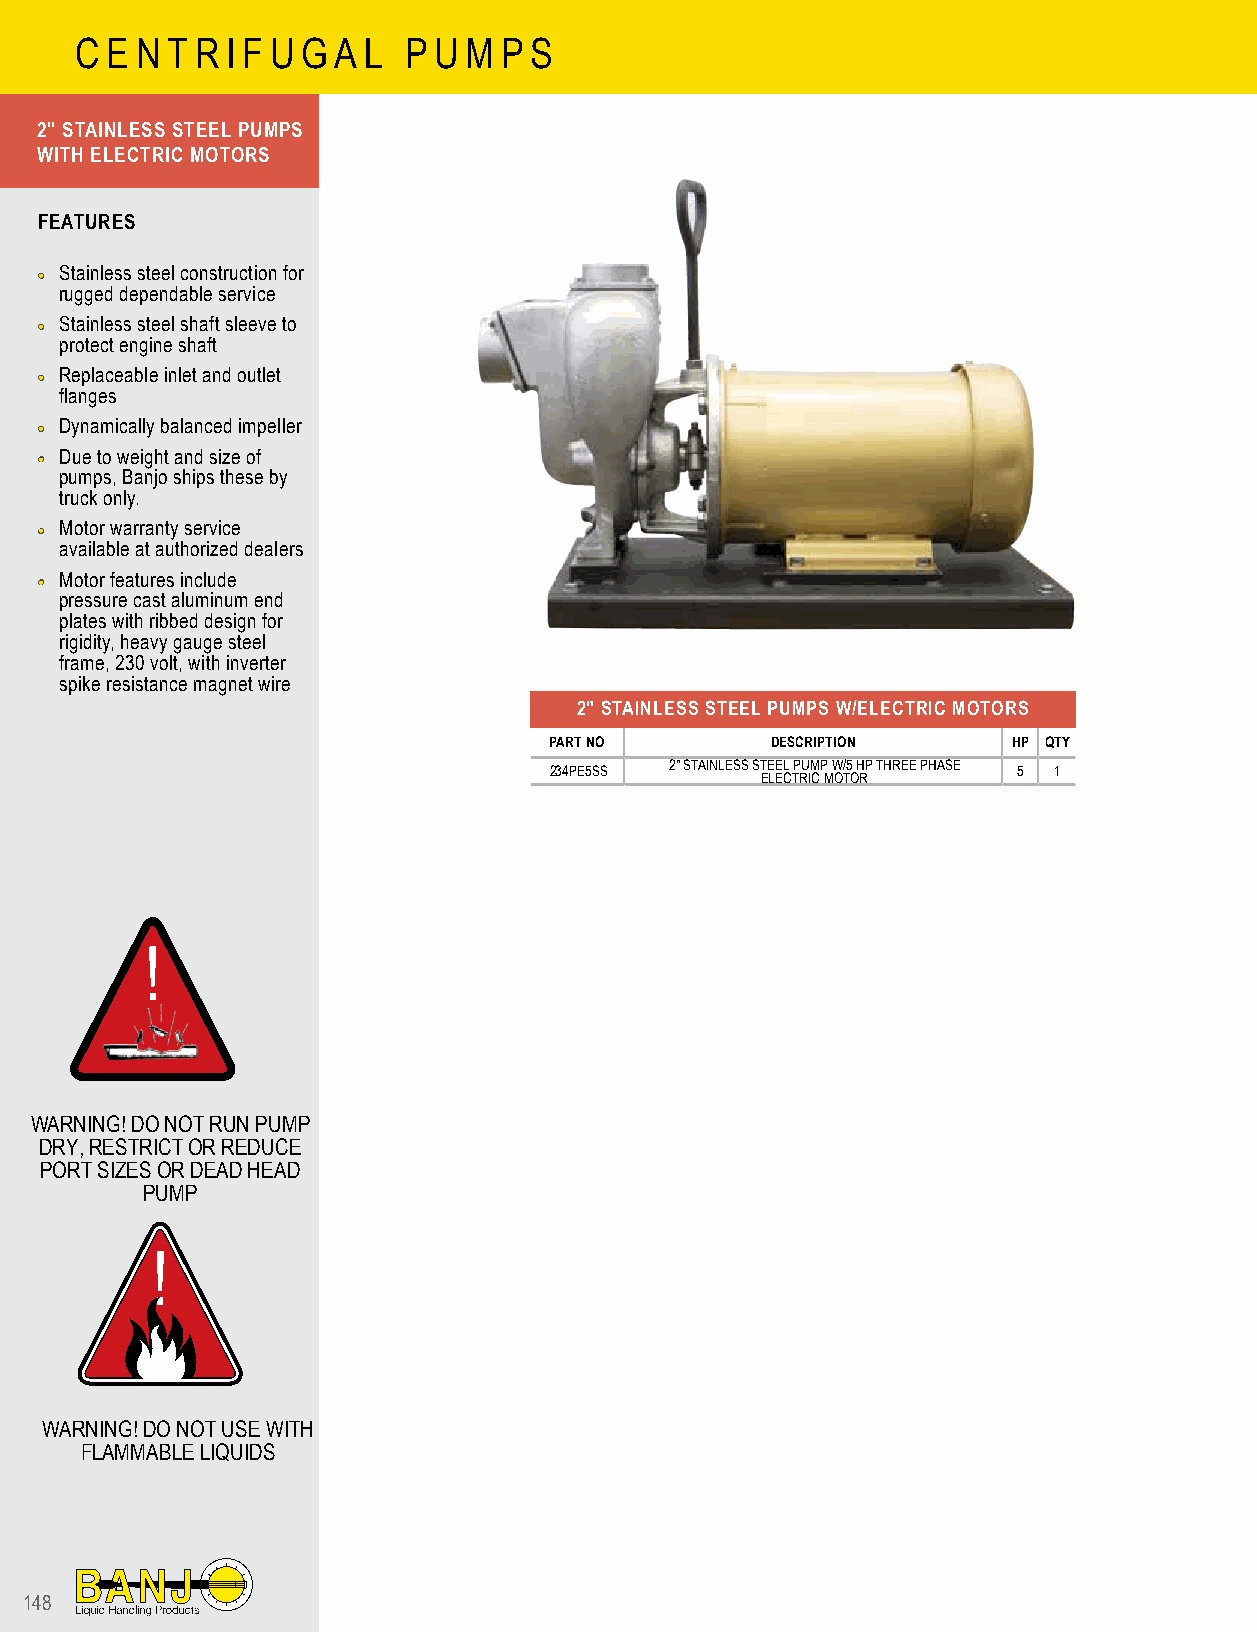
C E N T R I F U G A L P U M P S
 2" STAINLESS STEEL PUMPS
 WITH ELECTRIC MOTORS
 FEATURES
 •• Stainless steel construction for
 rugged dependable service
 •• Stainless steel shaft sleeve to
 protect engine shaft
 •• Replaceable inlet and outlet
 flanges
 •• Dynamically balanced impeller
 •• Due to weight and size of
 pumps, Banjo ships these by
 truck only.
 •• Motor warranty service
 available at authorized dealers
 •• Motor features include
 pressure cast aluminum end
 plates with ribbed design for
 rigidity, heavy gauge steel
 frame, 230 volt, with inverter
 spike resistance magnet wire
 2" STAINLESS STEEL PUMPS W/ELECTRIC MOTORS
 PART NO        DESCRIPTION     HP QTY
 234PE5SS 2" STAINLESS ST EE LE EL C TP RU IM CP M W O/ T5 O H RP THREE PHASE 5 1
 !
 WARNING! DO NOT RUN PUMP
 DRY, RESTRICT OR REDUCE
 PORT SIZES OR DEAD HEAD
 PUMP
 !
 WARNING! DO NOT USE WITH
 FLAMMABLE LIQUIDS
 148